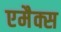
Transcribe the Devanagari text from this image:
एमैक्स